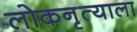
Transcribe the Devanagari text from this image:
लोकनृत्याला